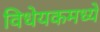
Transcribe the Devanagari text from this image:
विधेयकमध्ये